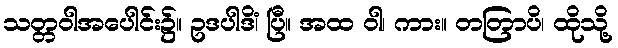
သတ္တဝါအပေါင်း၌။ ဥဒပါဒိံ၊ ပြီ။ အထ ဝါ၊ ကား။ တတြာပိ၊ ထိုသို့